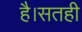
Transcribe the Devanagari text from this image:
है।सतही